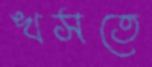
খসতে